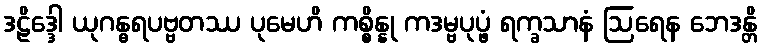
ဒဠိဒ္ဒေါ ယုဂန္ဓရပဗ္ဗတဿ ပုမေဟိ ကစ္စိန္နု ကဒမ္ဗပုပ္ဖံ ရက္ခသာနံ ဩရေန ဘေဒန္တိ